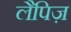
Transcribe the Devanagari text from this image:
लैपिज़